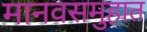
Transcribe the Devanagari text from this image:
मानवसमुहात